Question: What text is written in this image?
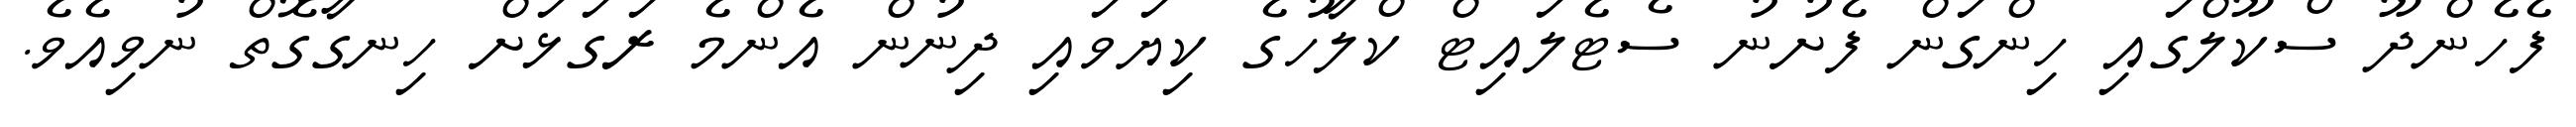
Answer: ފެހެންދޫ ސްކޫލްގައި ހިންގަން ފެށުނު ސެޓެލައިޓް ކްލާހުގެ ކިޔަވައި ދިނުން އެންމެ ރަގަޅަށް ހިނގާގޮތް ނުވިއެވެ.